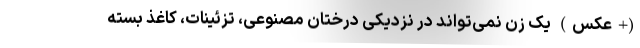
(+عکس) یک زن نمی‌تواند در نزدیکی درختان مصنوعی، تزئینات، کاغذ بسته